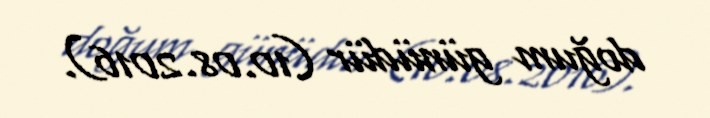
doğum günüdür (10.08.2016).